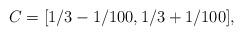
LaTeX: \begin{align*}C = [1/3 - 1/100, 1/3 + 1/100],\end{align*}